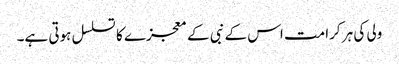
ولی کی ہر کرامت اس کے نبی کے معجزے کا تسلسل ہوتی ہے۔